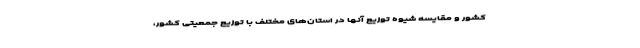
کشور و مقایسه شیوه توزیع آنها در استان‌های مختلف با توزیع جمعیتی کشور،